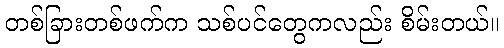
တစ်ခြားတစ်ဖက်က သစ်ပင်တွေကလည်း စိမ်းတယ်။